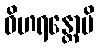
ဝိဟရန္တောပိ